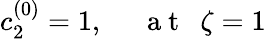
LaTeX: c_{2}^{(0)}=1,~~~~~\mathrm{~a~t~}~~\zeta=1